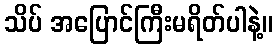
သိပ် အပြောင်ကြီးမရိတ်ပါနဲ့။